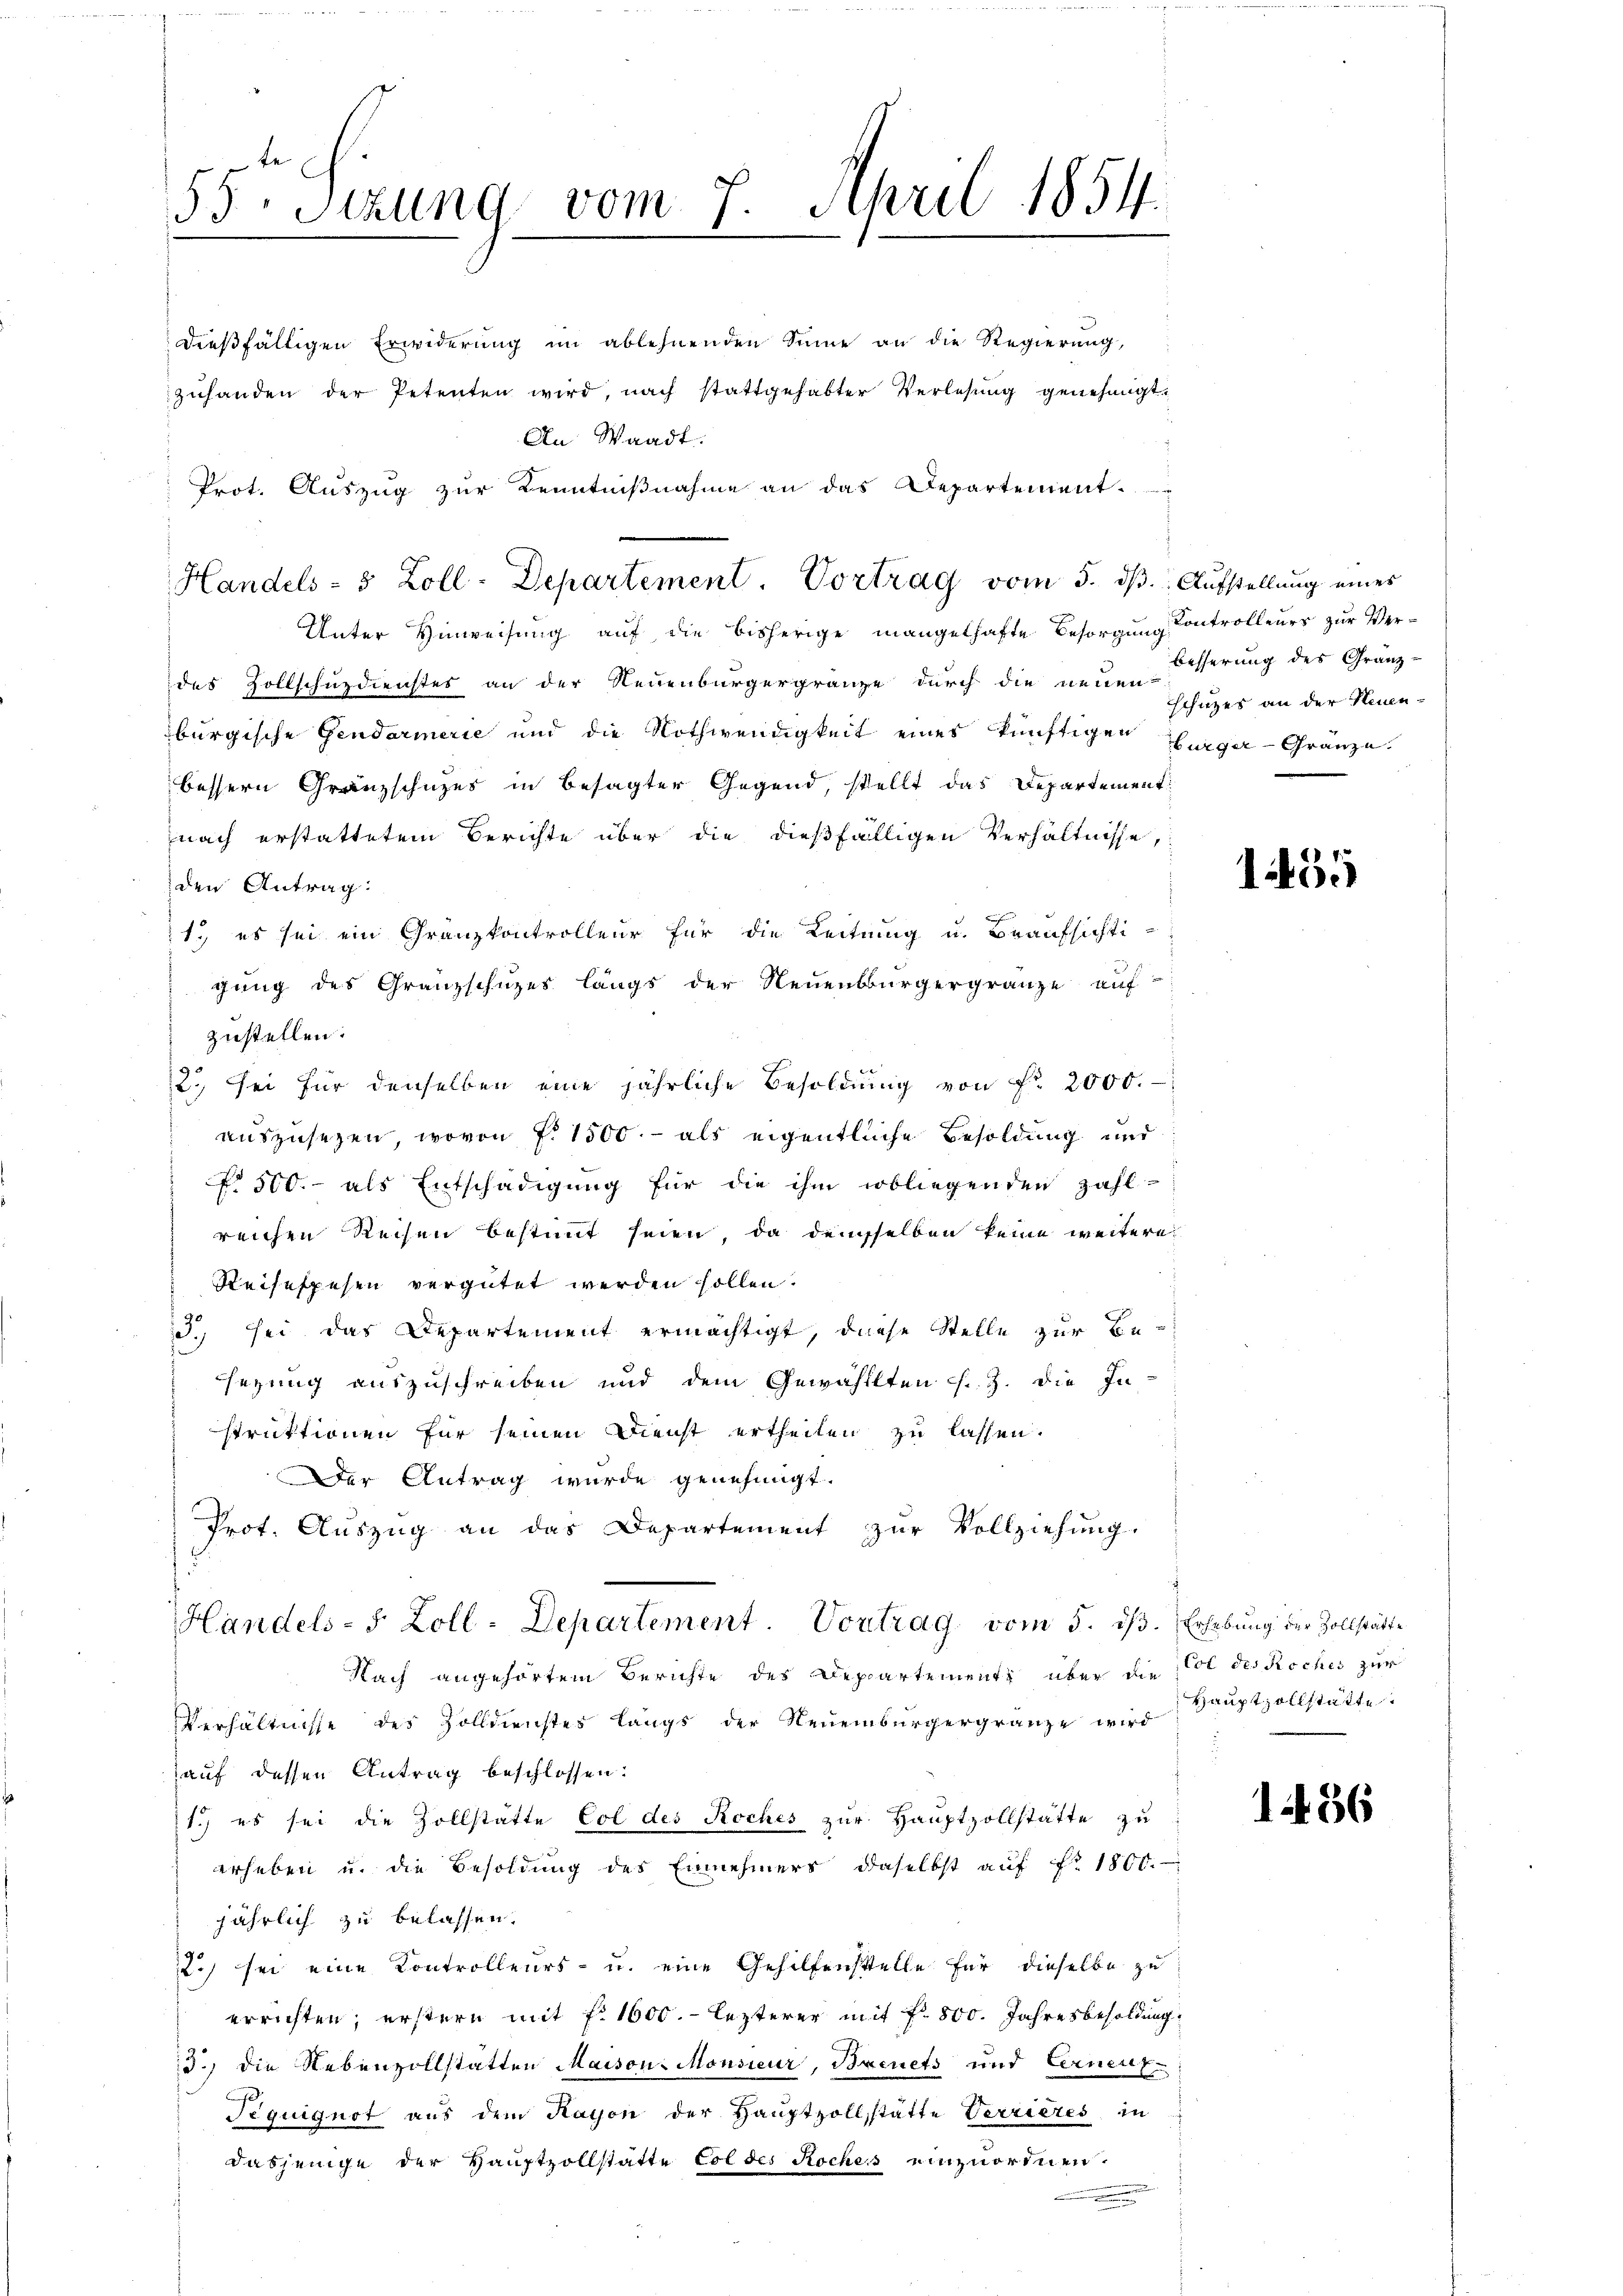
55. Sitzung vom 7. April 1854.

dießfälligen Erwiderung im ablehnenden Sinne an die Regierung,
zŭhanden der Petenten wird, nach stattgehabter Verlesung genehmigt.
An Waadt.
Prot. Auszug zur Kenntnißnahme an das Departement.

Handels- 5 Zoll-Departement. Vortrag vom 5. dß. Aufstellung eines

Unter Hinweisung auf die bisherige mangelhafte Besorgung Kontrolleurs zur Ver-
des Zollschuzdienstes an der Neuenburgergränze durch die neuen
burgische Gendarmerie und die Nothwendigkeit eines künftigen Burger-Granze
bessern Gränzschuzes in besagter Gegend, stellt das Departement
nach erstattetem Berichte über die dießfälligen Verhältnisse,
den Antrag:
1., es sei ein Granzkontrolleur für die Leitung u. Braufsichtigung des Granzschuzes längs der Neuenburgergränze auf-
zustellen.
2. Sei für denselben eine jährliche Besoldŭng von Fr. 2000.
auszusehen, wovon P. 1500.- als eigentliche Besoldung und
No 500.- als Entschädigung für die ihm obliegenden Zahl-
reichen Reisen bestimmt seien, da demselben keine weitere
Reisespesen vergütet werden sollen.
3. sei das Departement ermächtigt, diese Stelle zur Be-
sezung auszuschreiben und dem Gewählten s. Z. die In-
struktionen für seinen Dienst ertheilen zu lassen.
Der Antrag wurde genehmigt.
Prot. Auszug an das Departement zur Vollziehung.
HHandels- 5 Zoll-Departement. Vortrag vom 5. dβ. Erhebŭng der Zollstätte
Nach angehörtem Berichte des Departement über die Col des Roches zur
Verhältnisse des Zolldienstes längs der Neuenburgergränze wird
auf dessen Antrag beschlossen:
1.) es sei die Zollstatte Col des Roches zur Hauptzollstatte zu
erheben u. die Besoldung des Einnehmers, daselbst auf No 1800.
jährlich zu belassen.
2) sei eine Kontrolleurs- u. eine Gehilfenstelle für dieselbe zu
errichten; erstern mit f. 1600. - lezterer mit fl. 800. Jahresbesoldung
3.) Die Nebenzollstatten Maison, Monsieur, Brevets und Cerneut¬
Teguiguot aus dem Kayoie der Hauptzollstatte Verzieres in
dasjenige der Hauptzollstatte Col des Roches einzuordnen.

besserung des Granz-
schutzes an der Neuen¬

155

Hauptzollstätte.

1456